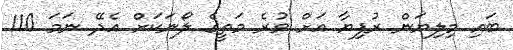
ބައި މިލިޔަން ރުފިޔާ އަށް ވުރެ މަތީގެ ލޯނަކަށް އެދޭ ނަމަ 110